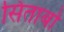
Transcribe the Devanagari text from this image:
सिताबों